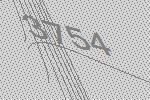
3754